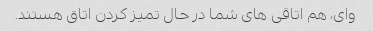
وای، هم اتاقی های شما در حال تمیز کردن اتاق هستند.